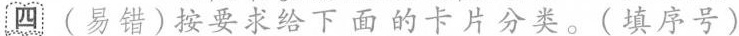
四(易错)按要求给下面的卡片分类。(填序号)